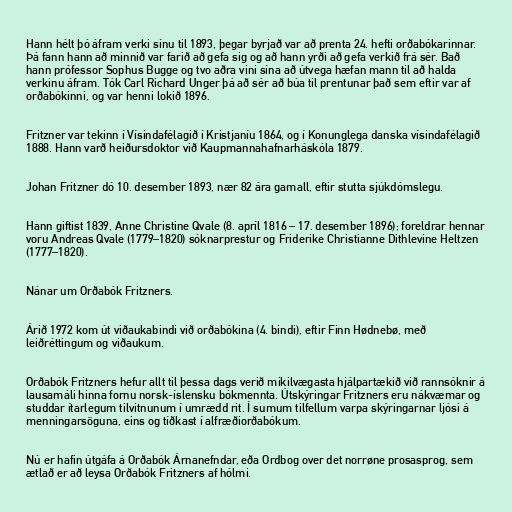
Hann hélt þó áfram verki sínu til 1893, þegar byrjað var að prenta 24. hefti orðabókarinnar.
Þá fann hann að minnið var farið að gefa sig og að hann yrði að gefa verkið frá sér. Bað
hann prófessor Sophus Bugge og tvo aðra vini sína að útvega hæfan mann til að halda
verkinu áfram. Tók Carl Richard Unger þá að sér að búa til prentunar það sem eftir var af
orðabókinni, og var henni lokið 1896.

Fritzner var tekinn í Vísindafélagið í Kristjaníu 1864, og í Konunglega danska vísindafélagið
1888. Hann varð heiðursdoktor við Kaupmannahafnarháskóla 1879.

Johan Fritzner dó 10. desember 1893, nær 82 ára gamall, eftir stutta sjúkdómslegu.

Hann giftist 1839, Anne Christine Qvale (8. apríl 1816 – 17. desember 1896); foreldrar hennar
voru Andreas Qvale (1779–1820) sóknarprestur og Friderike Christianne Dithlevine Heltzen
(1777–1820).

Nánar um Orðabók Fritzners.

Árið 1972 kom út viðaukabindi við orðabókina (4. bindi), eftir Finn Hødnebø, með
leiðréttingum og viðaukum.

Orðabók Fritzners hefur allt til þessa dags verið mikilvægasta hjálpartækið við rannsóknir á
lausamáli hinna fornu norsk-íslensku bókmennta. Útskýringar Fritzners eru nákvæmar og
studdar ítarlegum tilvitnunum í umrædd rit. Í sumum tilfellum varpa skýringarnar ljósi á
menningarsöguna, eins og tíðkast í alfræðiorðabókum.

Nú er hafin útgáfa á Orðabók Árnanefndar, eða Ordbog over det norrøne prosasprog, sem
ætlað er að leysa Orðabók Fritzners af hólmi.